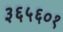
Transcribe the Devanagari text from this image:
३६५६०१